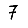
Digit: 7